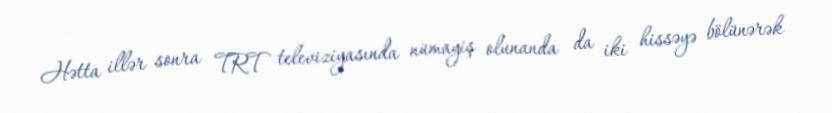
Hətta illər sonra TRT televiziyasında nümayiş olunanda da iki hissəyə bölünərək